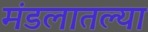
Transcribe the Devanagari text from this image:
मंडलातल्या